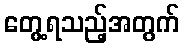
တွေ့ရသည့်အတွက်